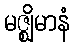
မဇ္ဈိမာနံ